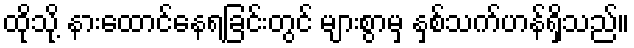
ထိုသို့ နားထောင်နေရခြင်းတွင် များစွာမှ နှစ်သက်ဟန်ရှိသည်။